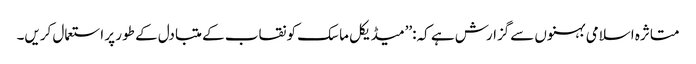
متاثرہ اسلامی بہنوں سےگزارش ہے کہ:’’میڈیکل ماسک کو نقاب کے متبادل کے طور پر استعمال کریں۔